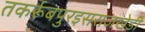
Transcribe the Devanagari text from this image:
तकर्रूबपुरइसराजखेडी